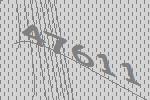
47611